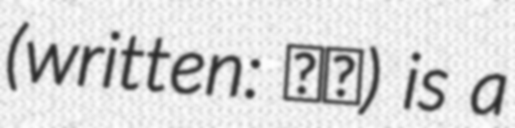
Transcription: (written: 藤倉) is a